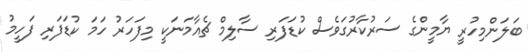
ބަލަންމިހުރީ ޔާމީންގެ ސަރުކާރުގަވެސް ކުޑަފަރި ސާލިމް ޗެއާމަނަކީ މިފަހަރު ހަމަ ކުޑަފަރި ފަހީމު